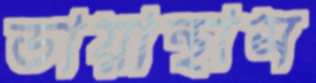
ডায়ান্থাস